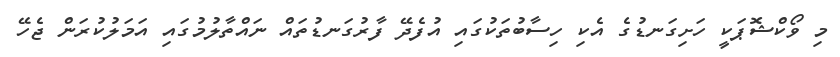
މި ވޯކްޝޮޕަކީ ހަށިގަނޑުގެ އެކި ހިސާބުތަކުގައި އުފެދޭ ފާރުގަނޑުތައް ނައްތާލުމުގައި އަމަލުކުރަން ޖެހޭ